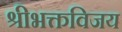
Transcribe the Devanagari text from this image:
श्रीभक्तविजय